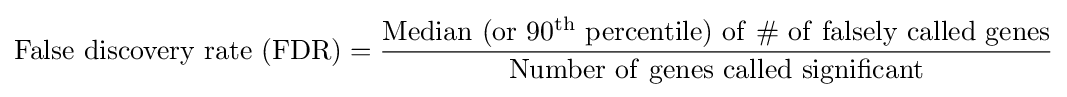
\mathrm {False\ discovery\ rate\ (FDR)={\frac {Median\ (or\ 90^{th}\ percentile)\ of\ \#\ of\ falsely\ called\ genes}{Number\ of\ genes\ called\ significant}}}